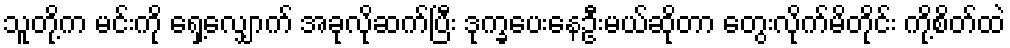
သူတို့က မင်းကို ရှေ့လျှောက် အခုလိုဆက်ပြီး ဒုက္ခပေးနေဦးမယ်ဆိုတာ တွေးလိုက်မိတိုင်း ကို့စိတ်ထဲ